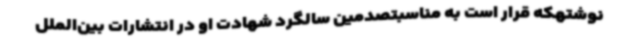
نوشتهکه قرار است به مناسبتصدمین سالگرد شهادت او در انتشارات بین‌الملل